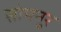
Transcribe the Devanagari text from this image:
सोमनुर